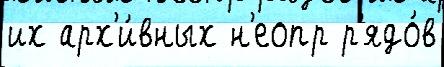
их арх'и́вных н'еопр р'ядо́в